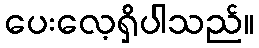
ပေးလေ့ရှိပါသည်။